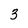
Character: 3